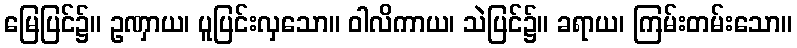
မြေပြင်၌။ ဥဏှာယ၊ ပူပြင်းလှသော။ ဝါလိကာယ၊ သဲပြင်၌။ ခရာယ၊ ကြမ်းတမ်းသော။